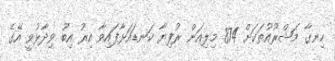
ހިނގާ މަޝްރޫއުތަކަށް 874 މިލިއަން ރުފިޔާ ކަނޑައަޅާފައިވާ އިރު އިބޫ ވިދާޅުވީ އޭގެ